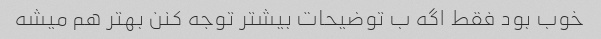
خوب بود فقط اگه ب توضیحات بیشتر توجه کنن بهتر هم میشه